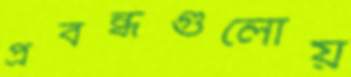
প্রবন্ধগুলোয়